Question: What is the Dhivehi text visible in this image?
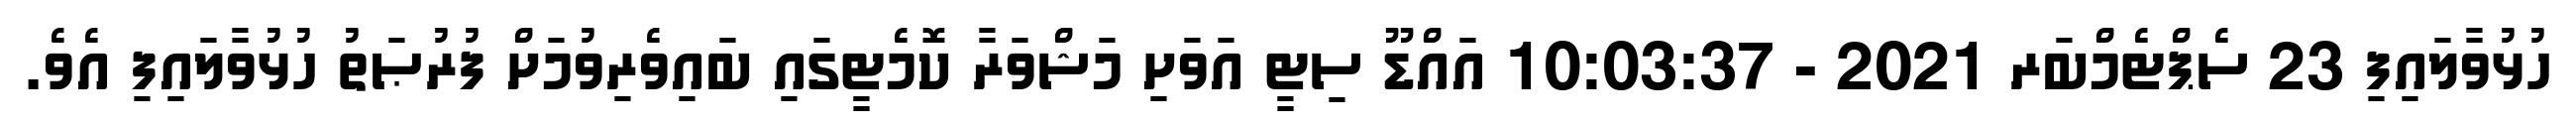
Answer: ހުޅުވާލައިފި 23 ސެޕްޓެމްބަރ 2021 - 10:03:37 އައްޑޫ ސިޓީ އަވަށި މަޝްވަރާ ކޮމެޓީގައި ބައިވެރިވުމަށް ފުރުޞަތު ހުޅުވާލައިފި އެވެ.